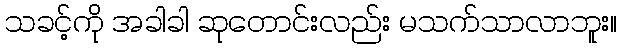
သခင့်ကို အခါခါ ဆုတောင်းလည်း မသက်သာလာဘူး။